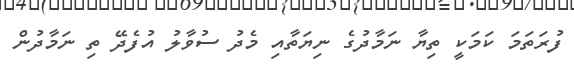
ފުރަތަމަ ކަމަކީ ތިޔާ ނަމާދުގެ ނިޔަތާއި މެދު ސުވާލު އުފެދޭ ތި ނަމާދުން